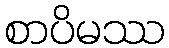
စာပိမဿ